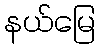
နယ်မြေ